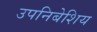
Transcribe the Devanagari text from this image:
उपनिबेशिय